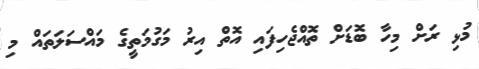
މުޅި ރަށް މިހާ ބޮޑަށް ތޮއްޖެހިފައި އޮތް އިރު މަގުމަތީގެ މައްސަލަތައް މި